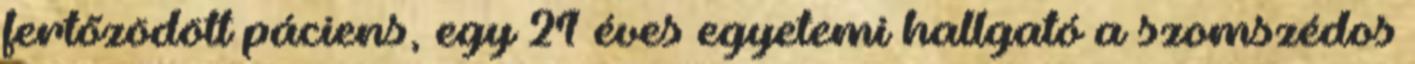
fertőzödött páciens, egy 21 éves egyetemi hallgató a szomszédos